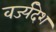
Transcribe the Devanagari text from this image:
वर्ज्यदेश